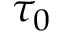
\tau _ { 0 }